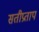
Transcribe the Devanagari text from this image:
सतीप्रताप